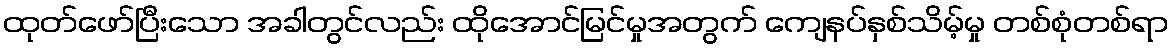
ထုတ်ဖော်ပြီးသော အခါတွင်လည်း ထိုအောင်မြင်မှုအတွက် ကျေနပ်နှစ်သိမ့်မှု တစ်စုံတစ်ရာ